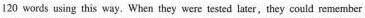
120 words using this way. When they were tested later,they could remember